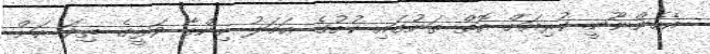
އެހެންނޫނީ ކުރިއަށް އޮތް ތަނުގައި ކުށުގެ ޢަމަލު ހިންގާ ވަޅީގެ ތިލަ އަށް